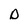
Character: D